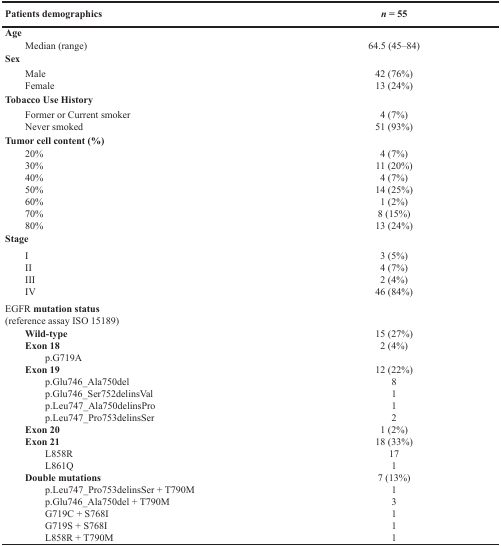
<table><thead><tr><td><b>Patients demographics</b></td><td><b><i>n</i> = 55</b></td></tr></thead><tbody><tr><td><b>Age</b></td><td></td></tr><tr><td> Median (range)</td><td>64.5 (45–84)</td></tr><tr><td><b>Sex</b></td><td></td></tr><tr><td> Male Female</td><td>42 (76%)13 (24%)</td></tr><tr><td><b>Tobacco Use History</b></td><td></td></tr><tr><td> Former or Current smoker Never smoked</td><td>4 (7%)51 (93%)</td></tr><tr><td><b>Tumor cell content (%)</b></td><td></td></tr><tr><td> 20% 30% 40% 50% 60% 70% 80%</td><td>4 (7%)11 (20%)4 (7%)14 (25%)1 (2%)8 (15%)13 (24%)</td></tr><tr><td><b>Stage</b></td><td></td></tr><tr><td> I II III IV</td><td>3 (5%)4 (7%)2 (4%)46 (84%)</td></tr><tr><td>EGFR <b>mutation status</b>(reference assay ISO 15189)</td><td></td></tr><tr><td><b> Wild-type</b><b> Exon 18</b>p.G719A <b>Exon 19</b>p.Glu746_Ala750delp.Glu746_Ser752delinsValp.Leu747_Ala750delinsProp.Leu747_Pro753delinsSer<b> Exon 20</b><b> Exon 21</b>L858RL861Q<b> Double mutations</b>p.Leu747_Pro753delinsSer + T790Mp.Glu746_Ala750del + T790MG719C + S768IG719S + S768IL858R + T790M</td><td>15 (27%)2 (4%)12 (22%)81121 (2%)18 (33%)1717 (13%)13111</td></tr></tbody></table>